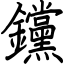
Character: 钂